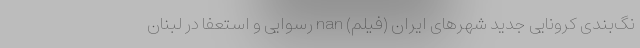
نگ‌بندی کرونایی جديد شهرهای ایران (فیلم) nan رسوایی و استعفا در لبنان